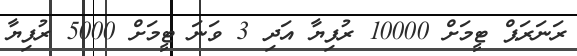
ރަނަރަޕް ޓީމަށް 10000 ރުފިޔާ އަދި 3 ވަނަ ޓީމަށް 5000 ރުފިޔާ